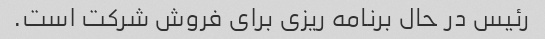
رئیس در حال برنامه ریزی برای فروش شرکت است.